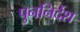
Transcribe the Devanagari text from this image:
पुननिर्देश